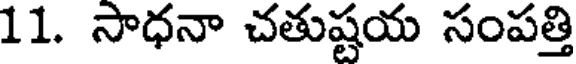
11. సాధనా చతుష్టయ సంపత్తి